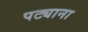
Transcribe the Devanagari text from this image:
पट्याना